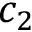
c _ { 2 }